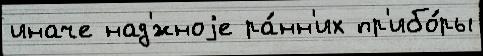
иначе над'́жноjе ра́нн'их пр'ибо́ры